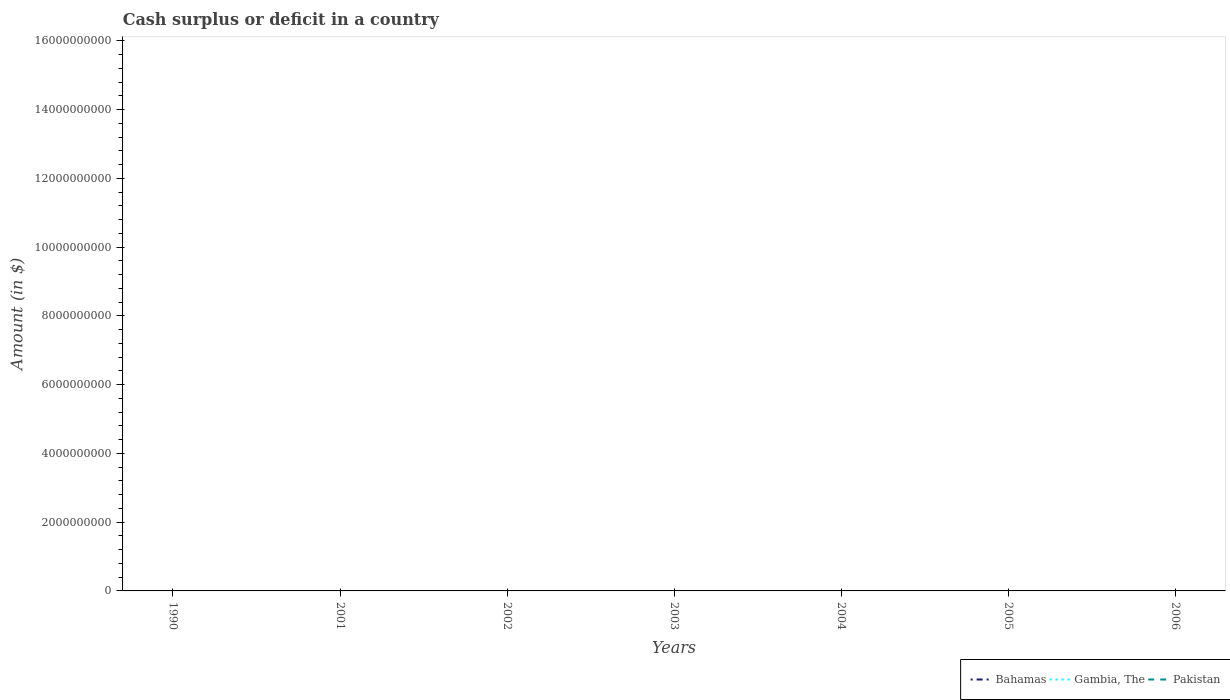
| Years | Bahamas | Gambia, The | Pakistan |
 | --- | --- | --- | --- |
 | 1990 | -5.89e+07 | 3.14e+06 | -2.11e+10 |
 | 2001 | -3.57e+07 | -7.29e+08 | -1.58e+11 |
 | 2002 | -1.29e+08 | -9.26e+08 | -1.27e+11 |
 | 2003 | -1.66e+08 | -1.24e+09 | -1.41e+11 |
 | 2004 | -1.75e+08 | -1.74e+09 | -1.1e+11 |
 | 2005 | -1.09e+08 | -1.63e+09 | -2.08e+11 |
 | 2006 | -4.39e+07 | -1.54e+09 | -3.22e+11 |